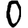
Digit: 0